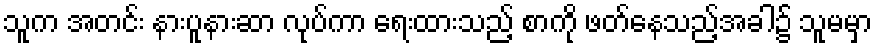
သူက အတင်း နားပူနားဆာ လုပ်ကာ ရေးထားသည့် စာကို ဖတ်နေသည့်အခါ၌ သူမမှာ